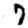
Digit: 7